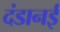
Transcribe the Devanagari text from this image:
दंडानई